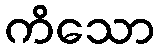
ကိသော